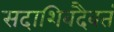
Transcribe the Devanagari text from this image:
सदाशिवदैवतं